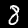
Label: 8